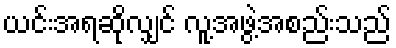
ယင်းအရဆိုလျှင် လူ့အဖွဲ့အစည်းသည်